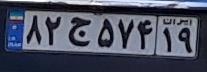
۸۲ج۵۷۴۱۹